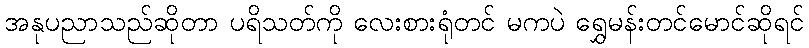
အနုပညာသည်ဆိုတာ ပရိသတ်ကို လေးစားရုံတင် မကပဲ ရွှေမန်းတင်မောင်ဆိုရင်